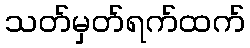
သတ်မှတ်ရက်ထက်